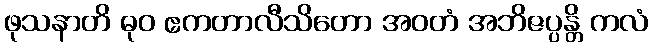
ဖုသနာတိ ဓုဝ ဧကတာလီသိတော အဝတံ အဘိဇပ္ပန္တိ ကလံ